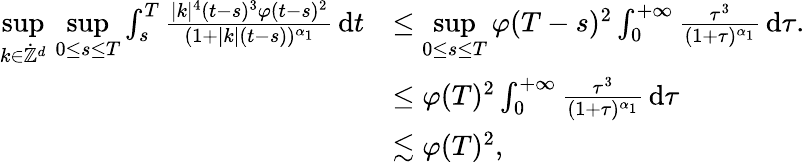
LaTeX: \begin{array}{rl}{\underset{k\in\dot{\mathbb Z}^{d}}{\operatorname*{sup}}\, \underset{0\leq s\leq T}{\operatorname*{sup}}\int_{s}^{T}\frac{\vert k\vert^{4}(t-s)^{3}\varphi(t-s)^{2}}{(1+\vert k\vert(t-s))^{\alpha_{1}}}\, \mathrm{d}t}&{\leq\underset{0\leq s\leq T}{\operatorname*{sup}}\varphi(T-s)^{2}\int_{0}^{+\infty}\frac{\tau^{3}}{(1+\tau)^{\alpha_{1}}}\, \mathrm{d}\tau.}\\ &{\leq\varphi(T)^{2}\int_{0}^{+\infty}\frac{\tau^{3}}{(1+\tau)^{\alpha_{1}}}\, \mathrm{d}\tau}\\ &{\lesssim\varphi(T)^{2},}\end{array}